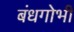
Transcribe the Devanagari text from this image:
बंधगोभी